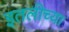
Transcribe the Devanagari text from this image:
इतलीच्या